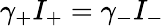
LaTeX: \gamma_{+}I_{+}=\gamma_{-}I_{-}